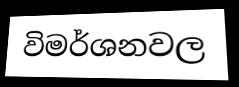
විමර්ශනවල